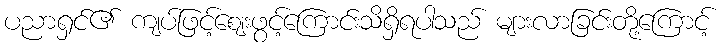
ပညာရှင်၏ ကျပ်ဖြင့်ဈေးဖွင့်ကြောင်းသိရှိရပါသည် များလာခြင်းတို့ကြောင့်